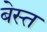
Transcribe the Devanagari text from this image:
बेस्त